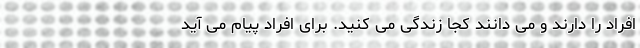
افراد را دارند و می دانند کجا زندگی می کنید. برای افراد پیام می آید